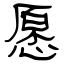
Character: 愿